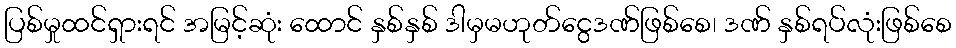
ပြစ်မှုထင်ရှားရင် အမြင့်ဆုံး ထောင် နှစ်နှစ် ဒါမှမဟုတ်ငွေဒဏ်ဖြစ်စေ၊ ဒဏ် နှစ်ရပ်လုံးဖြစ်စေ